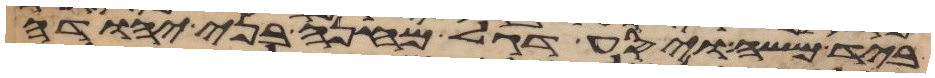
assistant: ביד משה ויסע דגל מחנה בני יהודה